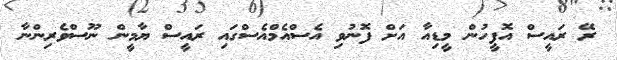
ރޭ ރައީސް އޮފީހުން މީޑިއާ އަށް ފޮނުވި އެސްއެމްއެސްގައި ރައީސް ޔާމީން ނޫސްވެރިންނާ